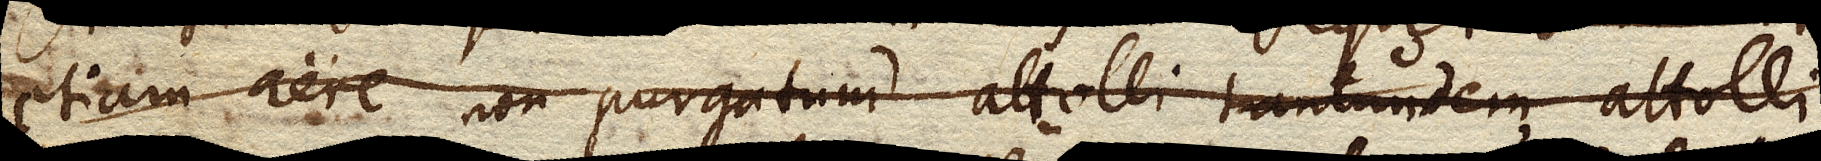
etiam aere non purgatum attolli tantundem attolli